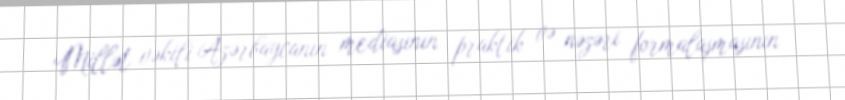
Millət vəkili Azərbaycanın mediasının praktik və nəzəri formalaşmasının